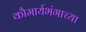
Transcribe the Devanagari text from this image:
कौमार्यभंगाच्या